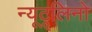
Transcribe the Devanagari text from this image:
न्यूट्र्लिनो